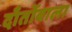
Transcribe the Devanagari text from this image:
दाँतोंवाला